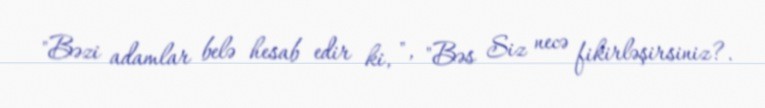
"Bəzi adamlar belə hesab edir ki, ", "Bəs Siz necə fikirləşirsiniz?.